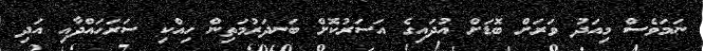
ނަމަވެސް މިއަދު ވަރަށް ބޮޑަށް އުދައިގެ އަސަރުކޮށް ބަނދަރުމަތިން ހިއްކި ސަރަހައްދާއި އަދި